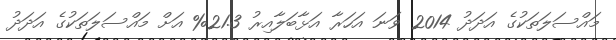
މައްސަލަތަކުގެ އަދަދު 2014 ވަނަ އަހަރާ އަޅާބަލާއިރު 21.3% އަށް މައްސަލަތަކުގެ އަދަދު